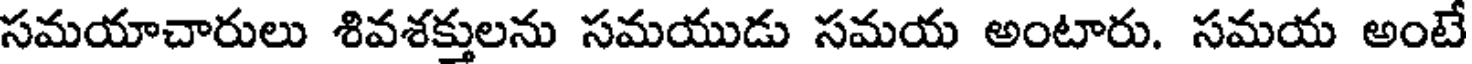
సమయాచారులు శివశక్తులను సమయుడు సమయ అంటారు. సమయ అంటే